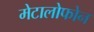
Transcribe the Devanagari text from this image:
मेटालोफोन